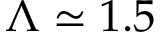
\Lambda \simeq 1 . 5